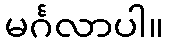
မင်္ဂလာပါ။